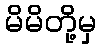
မိမိတို့မှ